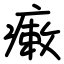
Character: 瘷